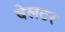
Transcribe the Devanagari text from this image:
वेलटर